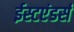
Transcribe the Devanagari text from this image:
ईस्टएंडर्स